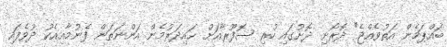
ބައްޕަމެން އަތުވެއްޖެ" ދޮރޯށި ދޮށުގައި ހުރި ސޮފޫރާއަށް ޙައިދަރުމެން އަންނަތަން ފެނުމާއިއެކު ދުވެފައި